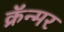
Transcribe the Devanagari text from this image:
क्रॅन्मर